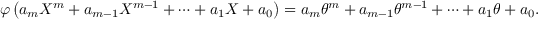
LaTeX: \varphi \left( a _ { m } X ^ { m } + a _ { m - 1 } X ^ { m - 1 } + \cdots + a _ { 1 } X + a _ { 0 } \right) = a _ { m } \theta ^ { m } + a _ { m - 1 } \theta ^ { m - 1 } + \cdots + a _ { 1 } \theta + a _ { 0 } .